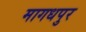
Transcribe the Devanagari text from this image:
मागधपुर